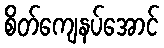
စိတ်ကျေနပ်အောင်